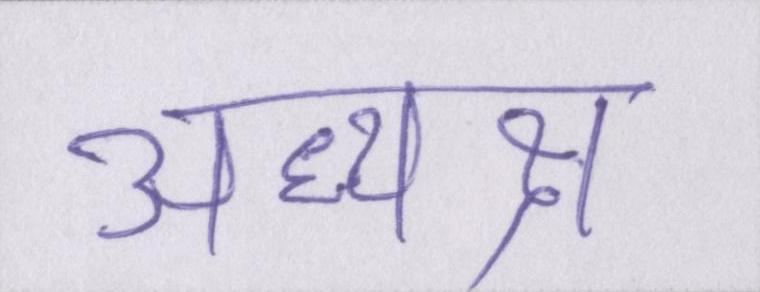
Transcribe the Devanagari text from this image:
अध्यक्ष